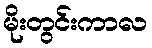
မိုးတွင်းကာလ